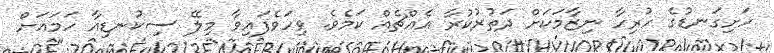
ހަށިގަނޑުގެ ހުރިހާ ނިޒާމަކަށް ދަތުރުކުރާ އެއްޗެއް ކަމެވެ. ވިހަވެފައިވާ މިލޭ ސިކުނޑިއާ ހަމައަށް